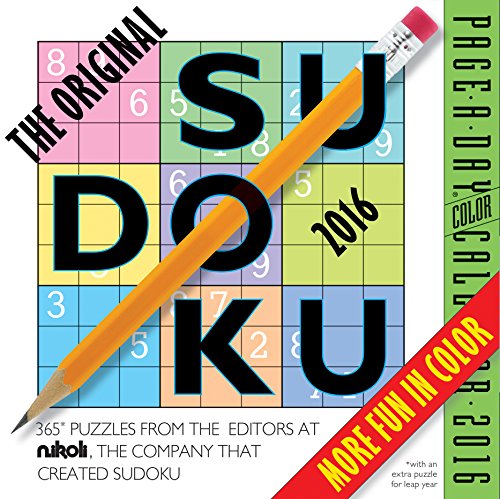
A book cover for The Original Sudoku Color Page-A-Day Calendar  2016; Editors at Nikoli; Calendars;